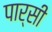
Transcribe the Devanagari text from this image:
पार्सी